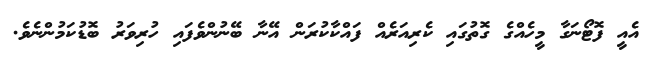
އެއީ ފޮޓޯނަގާ މީހެއްގެ ގޮތުގައި ކެރިއަރެއް ފައްކާކުރަން އޭނާ ބޭނުންވެފައި ހުރިވަރު ބޮޑުކަމުންނެވެ.